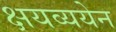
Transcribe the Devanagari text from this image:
क्षयव्ययेन